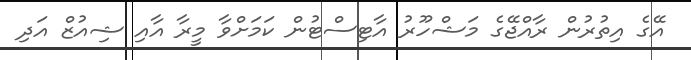
އޭގެ އިތުރުން ރާއްޖޭގެ މަޝްހޫރު އާޓިސްޓުން ކަމަށްވާ މީރާ އާއި ޝިއުޒް އަދި